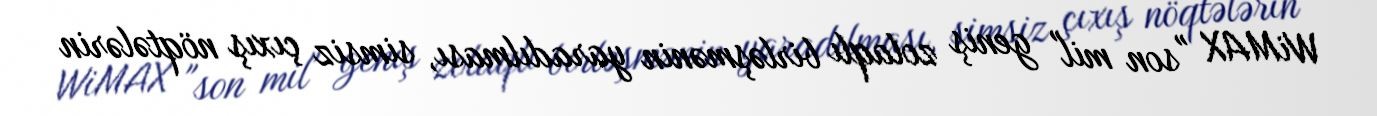
WiMAX "son mil" geniş zolaqlı birləşmənin yaradılması, simsiz çıxış nöqtələrin